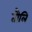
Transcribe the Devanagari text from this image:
तौलि